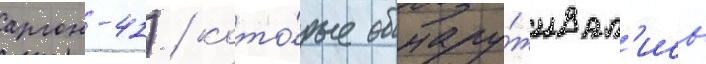
аргон-41) / кото́рые обнару́живал'ись